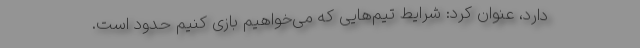
دارد، عنوان کرد: شرایط تیم‌‌هایی که می‌خواهیم بازی کنیم حدود است.